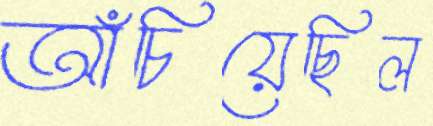
আঁচিয়েছিল